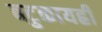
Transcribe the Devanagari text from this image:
बटुकायह्रीं